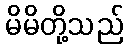
မိမိတို့သည်